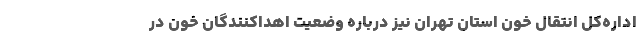
اداره‌کل انتقال خون استان تهران نیز درباره وضعیت اهداکنندگان خون در